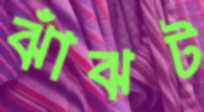
ঝাঁঝট